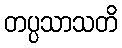
တပ္ပသာသတိ